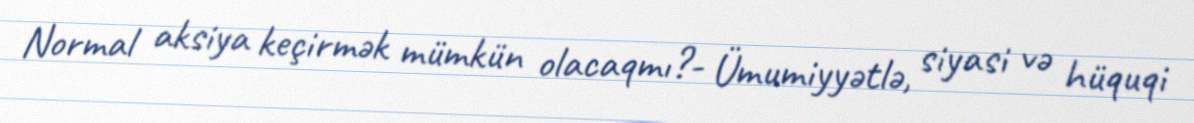
Normal aksiya keçirmək mümkün olacaqmı?- Ümumiyyətlə, siyasi və hüquqi